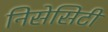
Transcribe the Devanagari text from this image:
निसेसिटी